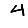
Digit: 4